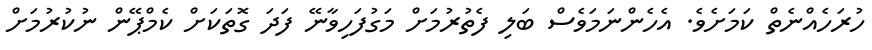
ހުރަހެއްނެތް ކަމަށެވެ. އެހެންނަމަވެސް ބަލި ފެތުރުމަށް މަގުފަހިވާނޭ ފަދަ ގޮތަކަށް ކެމްޕޭން ނުކުރުމަށް